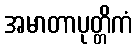
အမာတာပုတ္တိကံ